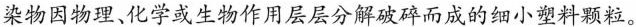
染物因物理、化学或生物作用层层分解破碎而成的细小塑料颗粒。